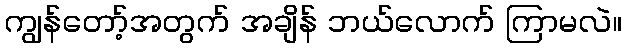
ကျွန်တော့်အတွက် အချိန် ဘယ်လောက် ကြာမလဲ။